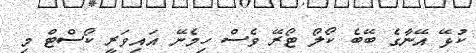
ކުޅޭ އޭނާގެ ބޭބެ ކޯލޯ ޓޯރޭ ވެސް ހިމެނޭ އައިވަރީ ކޯސްޓް މި